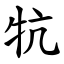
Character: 牨